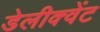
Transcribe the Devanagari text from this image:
डेलीक्वेंट